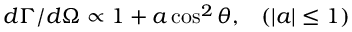
d \Gamma / d \Omega \propto 1 + a \cos ^ { 2 } \theta , \; \; \; ( | a | \leq 1 )